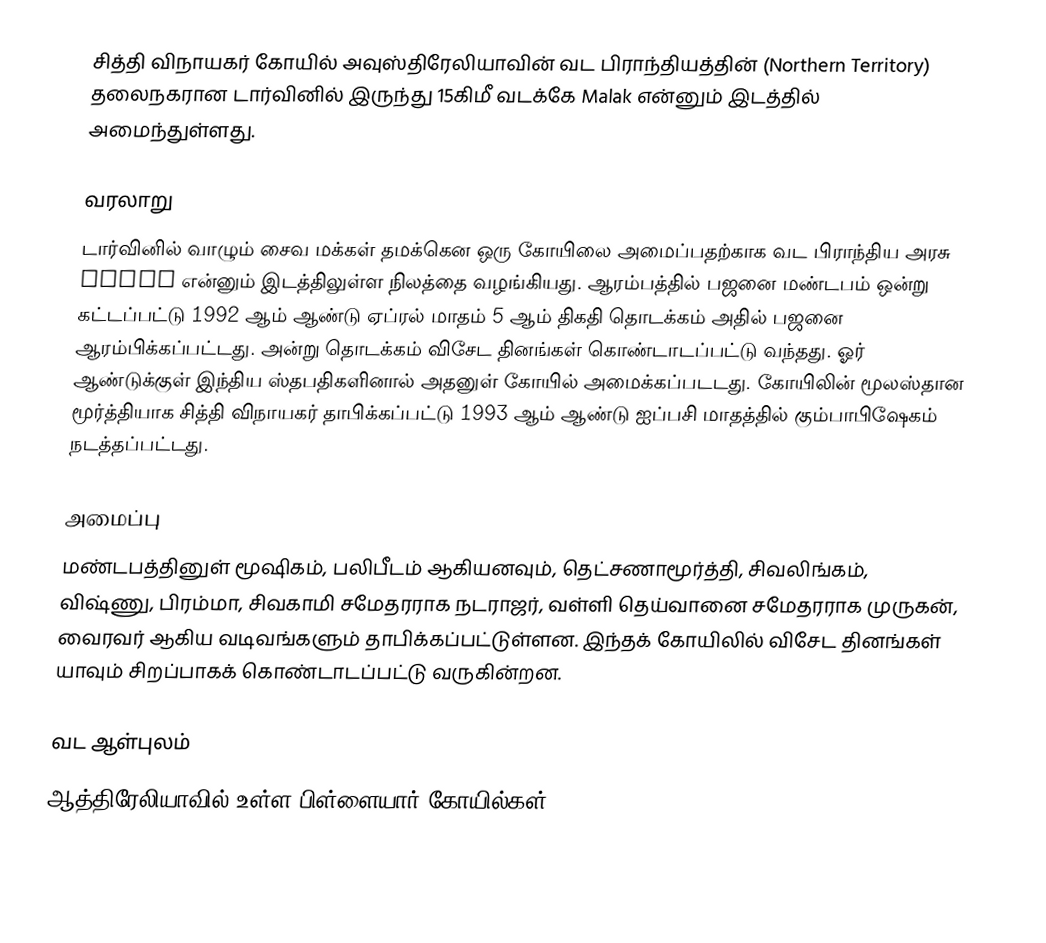
சித்தி விநாயகர் கோயில் அவுஸ்திரேலியாவின் வட பிராந்தியத்தின் (Northern Territory) தலைநகரான டார்வினில் இருந்து 15கிமீ வடக்கே Malak என்னும் இடத்தில் அமைந்துள்ளது.

வரலாறு
டார்வினில் வாழும் சைவ மக்கள் தமக்கென ஒரு கோயிலை அமைப்பதற்காக வட பிராந்திய அரசு Malak என்னும் இடத்திலுள்ள நிலத்தை வழங்கியது. ஆரம்பத்தில் பஜனை மண்டபம் ஒன்று கட்டப்பட்டு 1992 ஆம் ஆண்டு ஏப்ரல் மாதம் 5 ஆம் திகதி தொடக்கம் அதில் பஜனை ஆரம்பிக்கப்பட்டது. அன்று தொடக்கம் விசேட தினங்கள் கொண்டாடப்பட்டு வந்தது. ஓர் ஆண்டுக்குள் இந்திய ஸ்தபதிகளினால் அதனுள் கோயில் அமைக்கப்படடது. கோயிலின் மூலஸ்தான மூர்த்தியாக சித்தி விநாயகர் தாபிக்கப்பட்டு 1993 ஆம் ஆண்டு ஐப்பசி மாதத்தில் கும்பாபிஷேகம் நடத்தப்பட்டது.

அமைப்பு
மண்டபத்தினுள் மூஷிகம், பலிபீடம் ஆகியனவும், தெட்சணாமூர்த்தி, சிவலிங்கம், விஷ்ணு, பிரம்மா, சிவகாமி சமேதரராக நடராஜர், வள்ளி தெய்வானை சமேதரராக முருகன், வைரவர் ஆகிய வடிவங்களும் தாபிக்கப்பட்டுள்ளன. இந்தக் கோயிலில் விசேட தினங்கள் யாவும் சிறப்பாகக் கொண்டாடப்பட்டு வருகின்றன.

வட ஆள்புலம்
ஆத்திரேலியாவில் உள்ள பிள்ளையார் கோயில்கள்